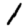
Digit: 1